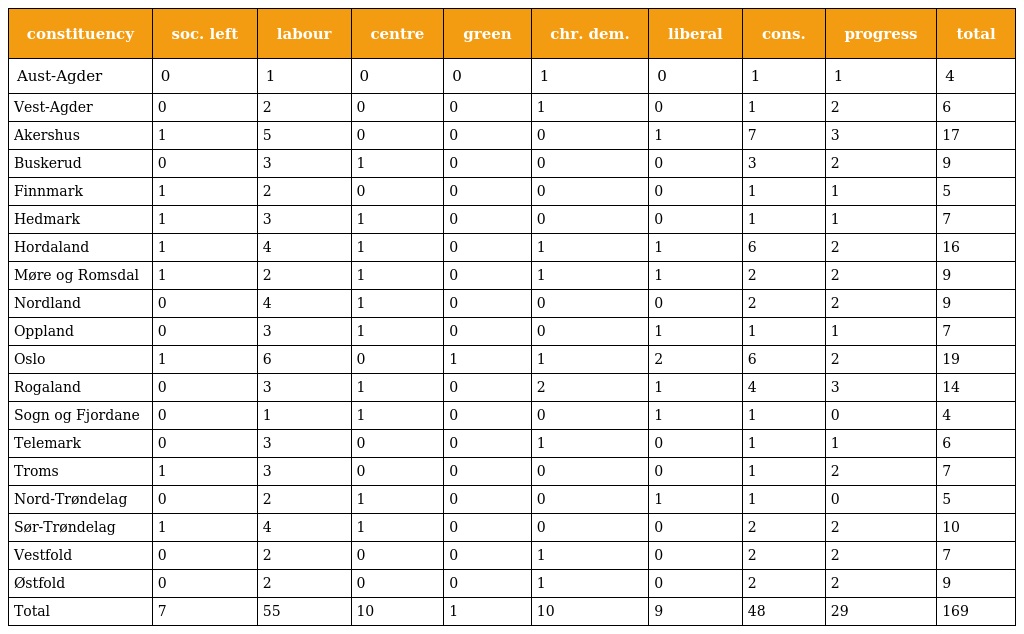
| constituency | soc. left | labour | centre | green | chr. dem. | liberal | cons. | progress | total |
 | --- | --- | --- | --- | --- | --- | --- | --- | --- | --- |
 | Aust-Agder | 0 | 1 | 0 | 0 | 1 | 0 | 1 | 1 | 4 |
 | Vest-Agder | 0 | 2 | 0 | 0 | 1 | 0 | 1 | 2 | 6 |
 | Akershus | 1 | 5 | 0 | 0 | 0 | 1 | 7 | 3 | 17 |
 | Buskerud | 0 | 3 | 1 | 0 | 0 | 0 | 3 | 2 | 9 |
 | Finnmark | 1 | 2 | 0 | 0 | 0 | 0 | 1 | 1 | 5 |
 | Hedmark | 1 | 3 | 1 | 0 | 0 | 0 | 1 | 1 | 7 |
 | Hordaland | 1 | 4 | 1 | 0 | 1 | 1 | 6 | 2 | 16 |
 | Møre og Romsdal | 1 | 2 | 1 | 0 | 1 | 1 | 2 | 2 | 9 |
 | Nordland | 0 | 4 | 1 | 0 | 0 | 0 | 2 | 2 | 9 |
 | Oppland | 0 | 3 | 1 | 0 | 0 | 1 | 1 | 1 | 7 |
 | Oslo | 1 | 6 | 0 | 1 | 1 | 2 | 6 | 2 | 19 |
 | Rogaland | 0 | 3 | 1 | 0 | 2 | 1 | 4 | 3 | 14 |
 | Sogn og Fjordane | 0 | 1 | 1 | 0 | 0 | 1 | 1 | 0 | 4 |
 | Telemark | 0 | 3 | 0 | 0 | 1 | 0 | 1 | 1 | 6 |
 | Troms | 1 | 3 | 0 | 0 | 0 | 0 | 1 | 2 | 7 |
 | Nord-Trøndelag | 0 | 2 | 1 | 0 | 0 | 1 | 1 | 0 | 5 |
 | Sør-Trøndelag | 1 | 4 | 1 | 0 | 0 | 0 | 2 | 2 | 10 |
 | Vestfold | 0 | 2 | 0 | 0 | 1 | 0 | 2 | 2 | 7 |
 | Østfold | 0 | 2 | 0 | 0 | 1 | 0 | 2 | 2 | 9 |
 | Total | 7 | 55 | 10 | 1 | 10 | 9 | 48 | 29 | 169 |